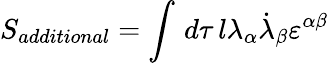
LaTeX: S_{additional}=\int\, d\tau\, l\lambda_{\alpha}\dot{\lambda}_{\beta}\varepsilon^{\alpha\beta}